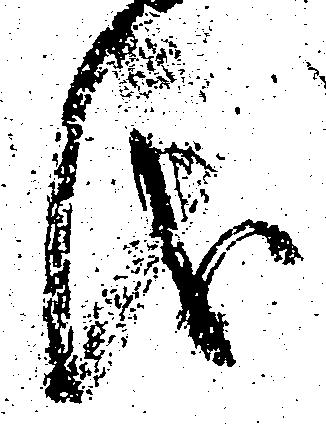
儀